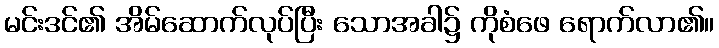
မင်းဒင်၏ အိမ်ဆောက်လုပ်ပြီး သောအခါ၌ ကိုစံဖေ ရောက်လာ၏။